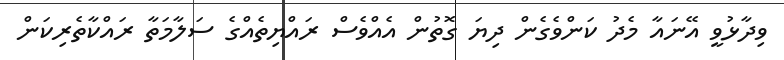
ވިދާޅުވީ އޭނައާ މެދު ކަންވެގެން ދިޔަ ގޮތުން އެއްވެސް ރައްޔިތެއްގެ ސަލާމަތާ ރައްކާތެރިކަން